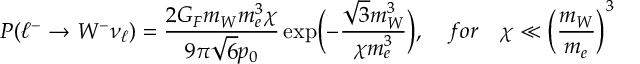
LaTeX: P ( \ell ^ { - } \rightarrow W ^ { - } \nu _ { \ell } ) = \frac { 2 G _ { F } m _ { W } m _ { e } ^ { 3 } \chi } { 9 \pi \sqrt { 6 } p _ { 0 } } \exp \biggl ( - \frac { \sqrt { 3 } m _ { W } ^ { 3 } } { \chi m _ { e } ^ { 3 } } \biggr ) , \quad f o r \quad \chi \ll \biggl ( { \frac { m _ { W } } { m _ { e } } } \biggr ) ^ { 3 }